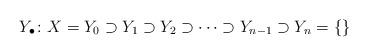
LaTeX: \begin{align*} Y_\bullet \colon X=Y_0\supset Y_1 \supset Y_2 \supset \cdots \supset Y_{n-1} \supset Y_n =\{\} \end{align*}